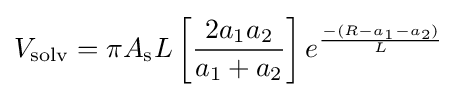
V_{\text{solv}}=\pi A_{\text{s}}L\left[{\frac {2a_{1}a_{2}}{a_{1}+a_{2}}}\right]e^{\frac {-(R-a_{1}-a_{2})}{L}}